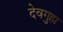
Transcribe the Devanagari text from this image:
देवगुहा